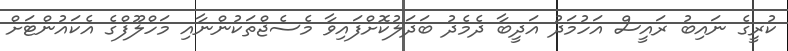
ކުރީގެ ނައިބު ރައީސް އަހުމަދު އަދީބާ ދެމެދު ބަދަލުކޮށްފައިވާ މެސެޖްތަކުންނާއި މަހްލޫފްގެ އެކައުންޓަށް